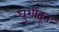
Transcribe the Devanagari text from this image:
घुशींतून